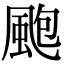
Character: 颮